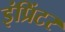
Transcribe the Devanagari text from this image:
इंप्रिंटर